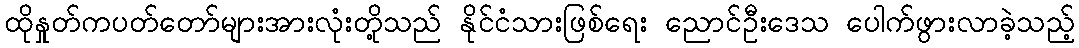
ထိုနှုတ်ကပတ်တော်များအားလုံးတို့သည် နိုင်ငံသားဖြစ်ရေး ညောင်ဦးဒေသ ပေါက်ဖွားလာခဲ့သည့်